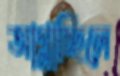
আগ্‌লাচ্ছিলে